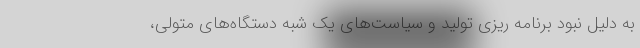
به دلیل نبود برنامه ریزی تولید و سیاست‌های یک شبه دستگاه‌های متولی،